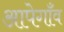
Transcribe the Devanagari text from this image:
आपेगाँव